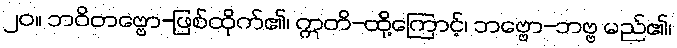
၂၀။ ဘဝိတဗ္ဗော-ဖြစ်ထိုက်၏၊ ဣတိ-ထို့ကြောင့်၊ ဘဗ္ဗော-ဘဗ္ဗ မည်၏၊